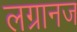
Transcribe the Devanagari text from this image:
लग्रानज